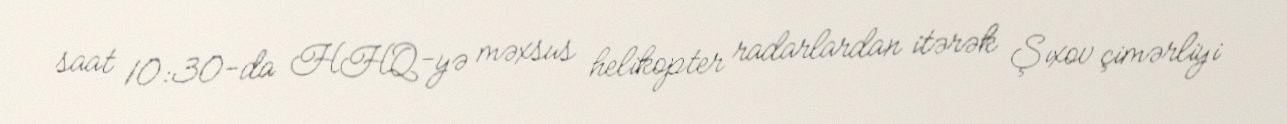
saat 10:30-da HHQ-yə məxsus helikopter radarlardan itərək Şıxov çimərliyi